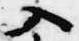
入